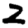
Digit: 2